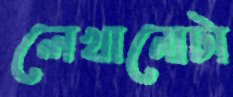
লেখানোটা